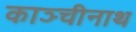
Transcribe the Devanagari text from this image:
काञ्चीनाथ